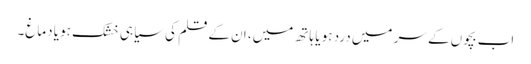
اب بچوں کے سر میں درد ہو یا ہاتھ میں، ان کے قلم کی سیاہی خشک ہو یا دماغ۔